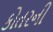
કોતરની